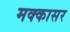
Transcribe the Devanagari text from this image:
मक्कासर